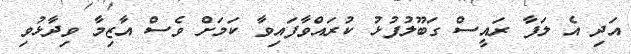
އަދި އެ ލަފާ ރައީސް ގަބޫލުފުޅު ކުރައްވާފައިވާ ކަމަށް ވެސް އާޒިމާ ވިދާޅުވި